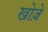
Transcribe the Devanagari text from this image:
खोज़े